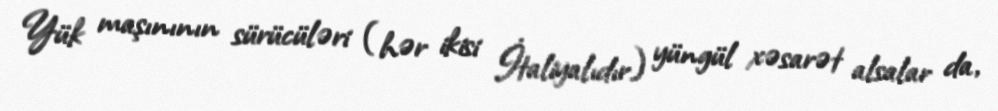
Yük maşınının sürücüləri (hər ikisi İtaliyalıdır) yüngül xəsarət alsalar da,